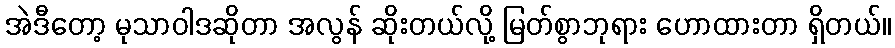
အဲဒီတော့ မုသာဝါဒဆိုတာ အလွန် ဆိုးတယ်လို့ မြတ်စွာဘုရား ဟောထားတာ ရှိတယ်။